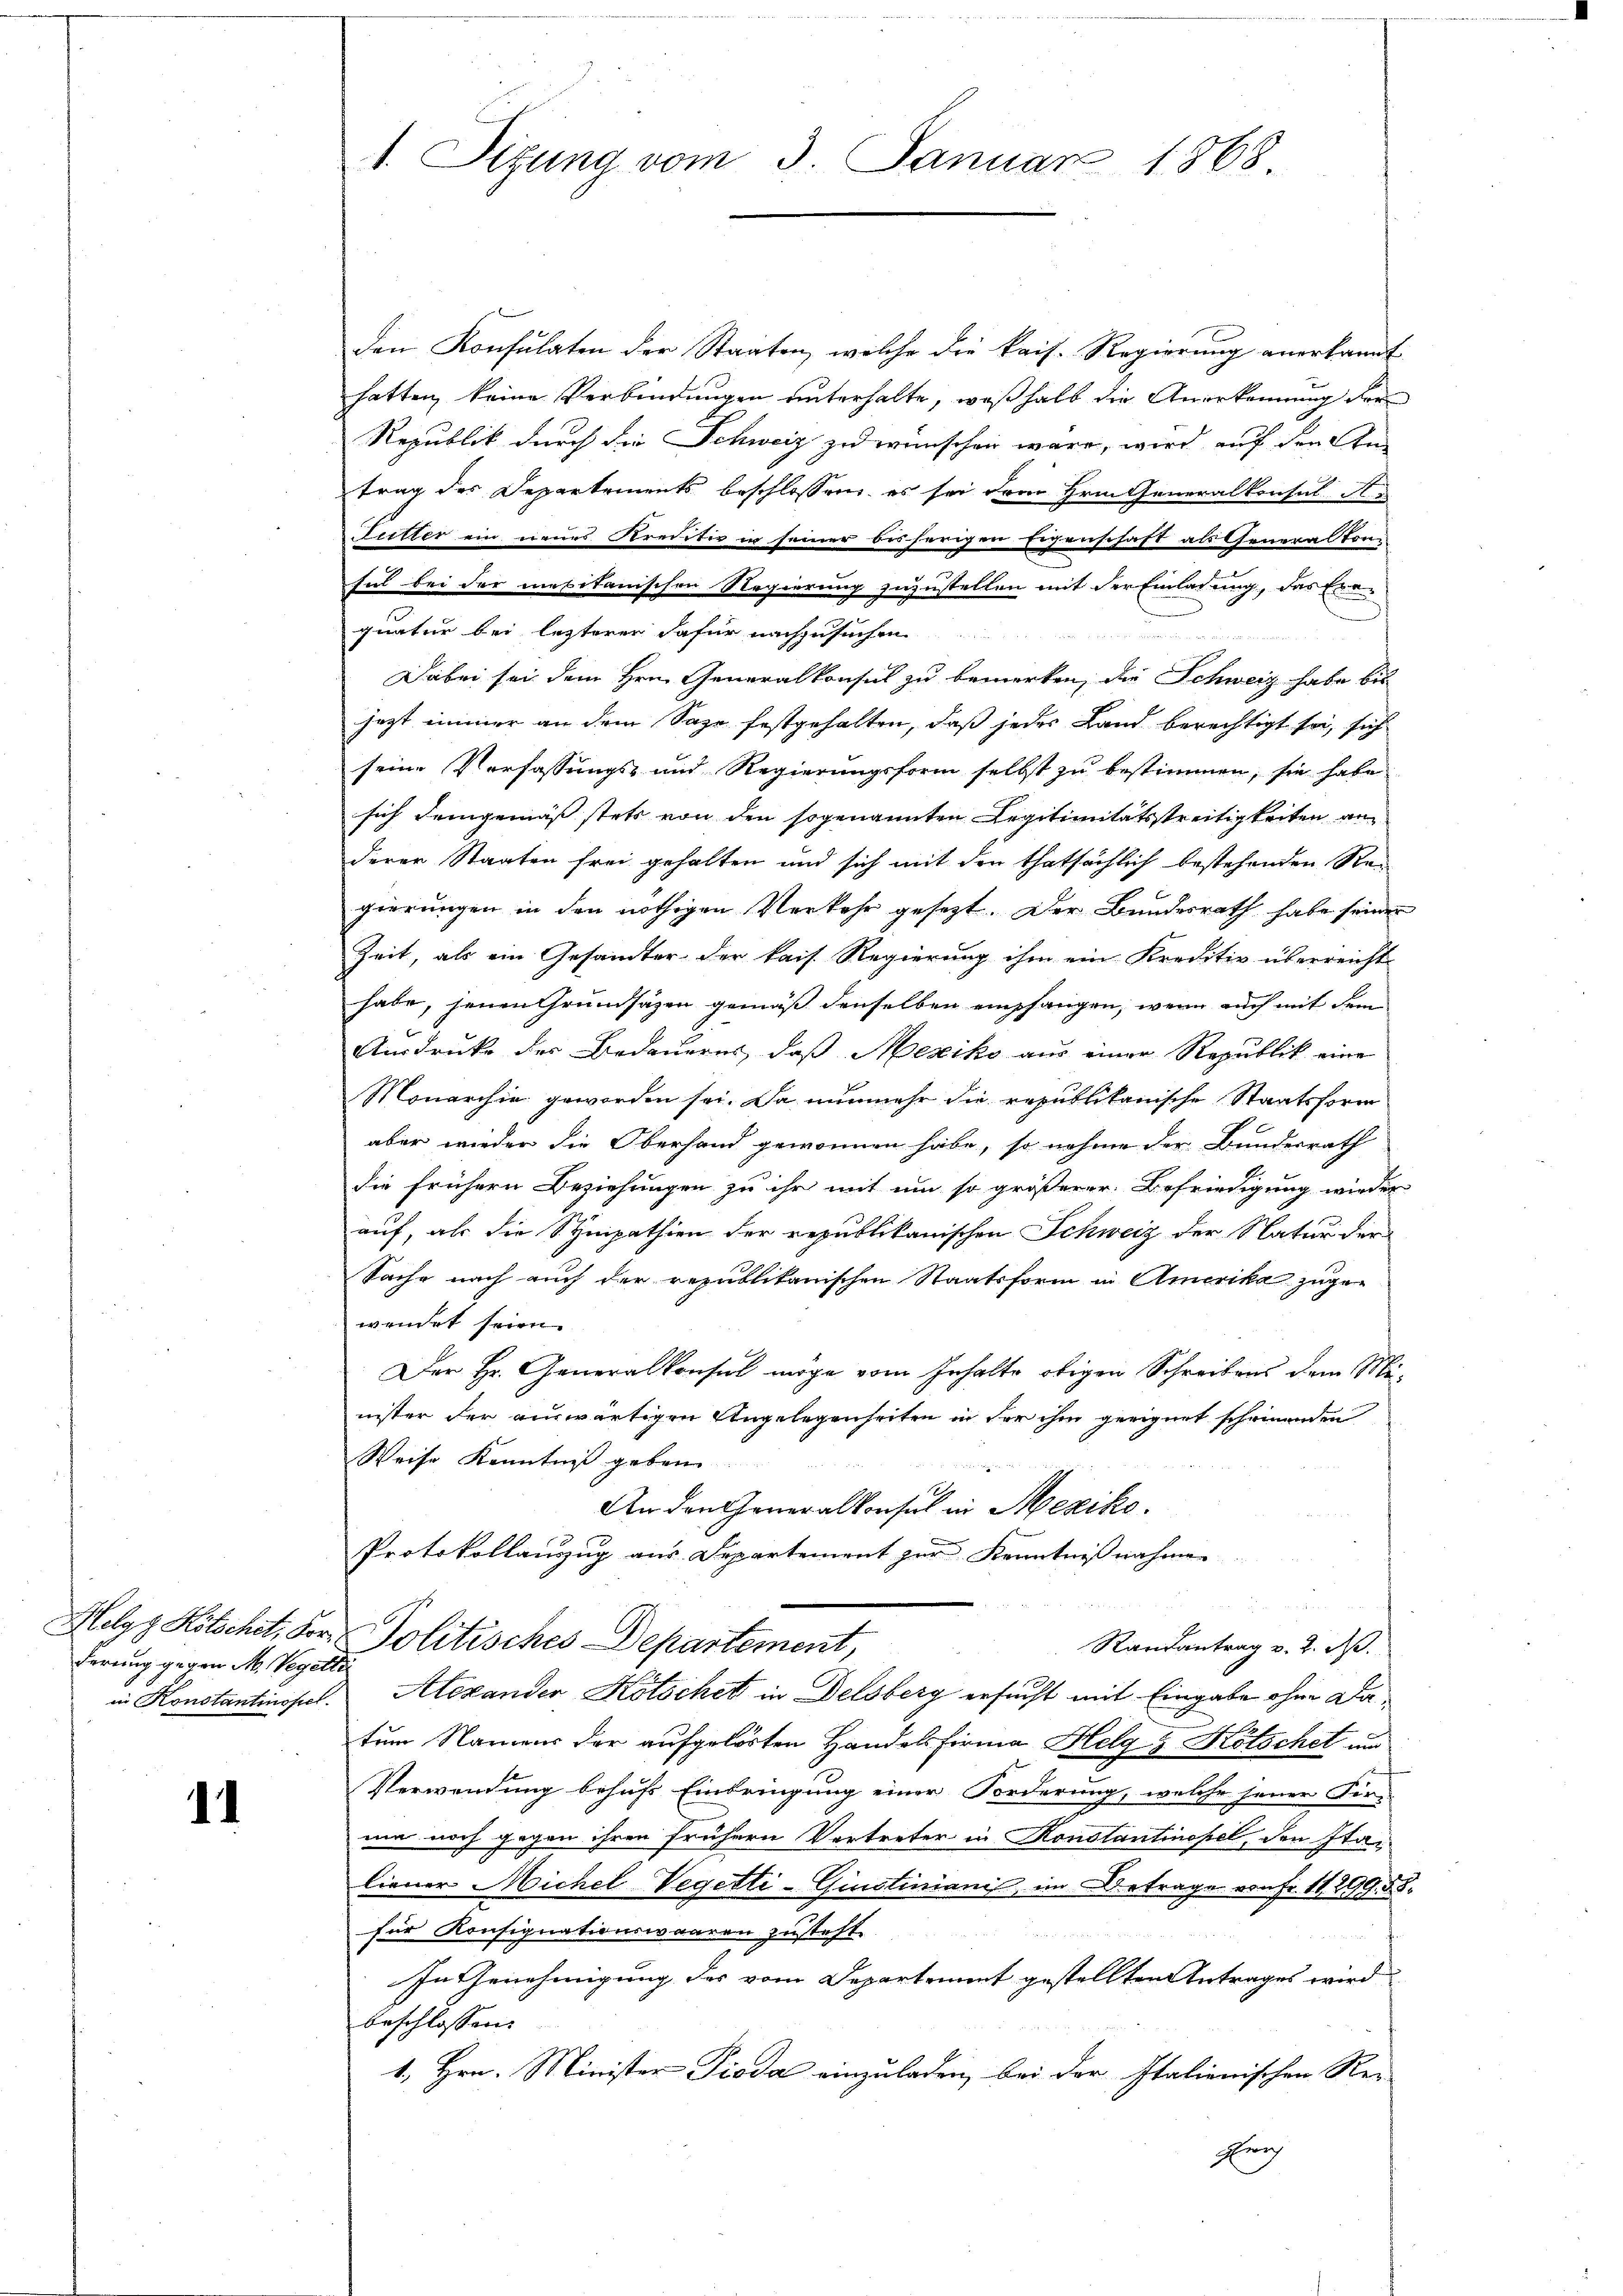
derung gegen M. Vegette

.

1. Sitzung vom 3. Januar 1868.

den Konsulaten der Staaten, welche die kais. Regierung anerkannt
hatten, keine Verbindungen unterhalte, weßhalb die Anerkennung der
Republik durch die Schweiz zu wünschen wäre, wird auf den Antrag des Departements beschlossen, es sei dem Hrn. Generalkonsul A.
Futter ein neues Kreditiv in seiner bisherigen Eigenschaft als Genera Stonn
hil bei der maritanischen Regierung zuzustellen mit der Einladung, das Exequatur bei lezterer dafür nachzusuchen
Dabei sei dem Hrn. Generalkonsul zu bemerken, die Schweiz habe bis
jezt immer an dem Sage festgehalten, daß jedes Land berechtigt sei, sich
seine Verfassungs- und Regierungsform selbst zu bestimmen, sie habe
sich demgemäss stets von den sogenannten Legitimitätsstreitigkeiten an
derer Staaten frei gehalten und sich mit den thatsächlich bestehenden Regierungen in den nöthigen Verkehr gesezt. Der Bundesrath habe seiner
Zeit, als ein Gesandter der kais. Regierung ihm ein Kreditiv überreicht
habe, jenen Grundsäzen gemäß denselben empfangen, wenn auch mit dem
Ausdrucke des Bedauerns, daß Mexiko aus einer Republik eine
Monarchie geworden sei. Da nunmehr die republikanische Staatsform
aber wieder die Oberhand gewonnen habe, so nehme der Bundesrath
die frühern Beziehungen zu ihr mit um so größerer Befriedigung wieder
auf, als die Sympathien der republikanischen Schweiz der Natur der
Sache nach auch der republikanischen Staatsform in Amerika zuge-
wendet seien.
Der Hr. Generalkonsul möge vom Inhalte obigen Schreibens dem Mi-
nister der auswärtigen Angelegenheiten in der ihm geeignet scheinenden
Weise Kenntniß geben
An den Generalkonsul in Meziko
Protokollanzug aus Departement zur Kenntnisnahmen.
Helgg Kotscheit, der Politisches Departement,
Randantrag v. 2. d.
in Konstantinopel. Alexander Kotschet in Delsberg ersucht mit Eingabe ohne Datum Namens der aufgelösten Handelsfirma Helg & Kötschet und
Verwendung behufs Einbringung einer Forderung, welche jener Fir-
mia noch gegen ihren frühern Vertreter in Konstantinopel, den Italiener Michel Vegetti-Ginstinianis im Betrage von Fr. 11,299. 58.
für Konsignationswaaren zusteht

n
In Genehmigung der vom Departement gestellten Antrages wird
beschlossen:
1., Hrn. Minister Pioda einzuladen, bei der Italienischen Re-
Erich